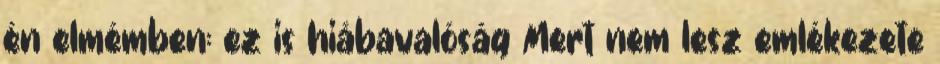
én elmémben: ez is hiábavalóság Mert nem lesz emlékezete